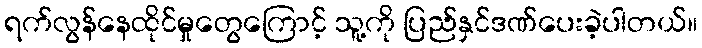
ရက်လွန်နေထိုင်မှုတွေကြောင့် သူ့ကို ပြည်နှင်ဒဏ်ပေးခဲ့ပါတယ်။